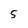
Character: 5